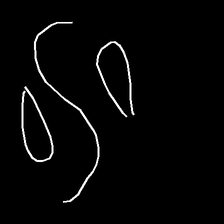
Glyph: water